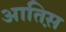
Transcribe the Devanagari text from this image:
आतिस़